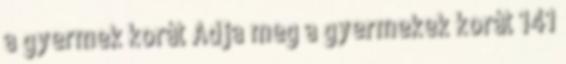
a gyermek korát Adja meg a gyermekek korát 141